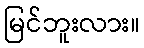
မြင်ဘူးလား။